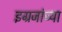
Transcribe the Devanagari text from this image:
इग्रजांच्या